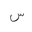
Letter: _sin